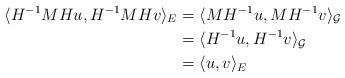
LaTeX: \begin{align*}\langle H^{-1}MHu,H^{-1}MHv\rangle_E&=\langle MH^{-1}u, MH^{-1}v\rangle_\mathcal G\\&=\langle H^{-1}u,H^{-1}v\rangle_\mathcal G\\&=\langle u,v\rangle_E\end{align*}